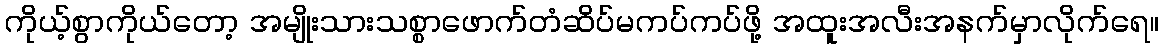
ကိုယ့်စွာကိုယ်တော့ အမျိုးသားသစ္စာဖောက်တံဆိပ်မကပ်ကပ်ဖို့ အထူးအလီးအနက်မှာလိုက်ရေ။